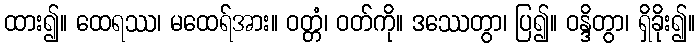
ထား၍။ ထေရဿ၊ မထေရ်အား။ ဝတ္တံ၊ ဝတ်ကို။ ဒဿေတွာ၊ ပြ၍။ ဝန္ဒိတွာ၊ ရှိခိုး၍။